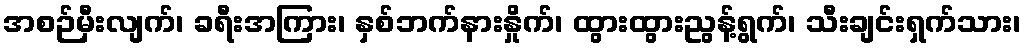
အစဉ်မှီးလျက်၊ ခရီးအကြား၊ နှစ်ဘက်နားနှိုက်၊ ထွားထွားညွန့်ရွက်၊ သီးချင်းရှက်သား၊